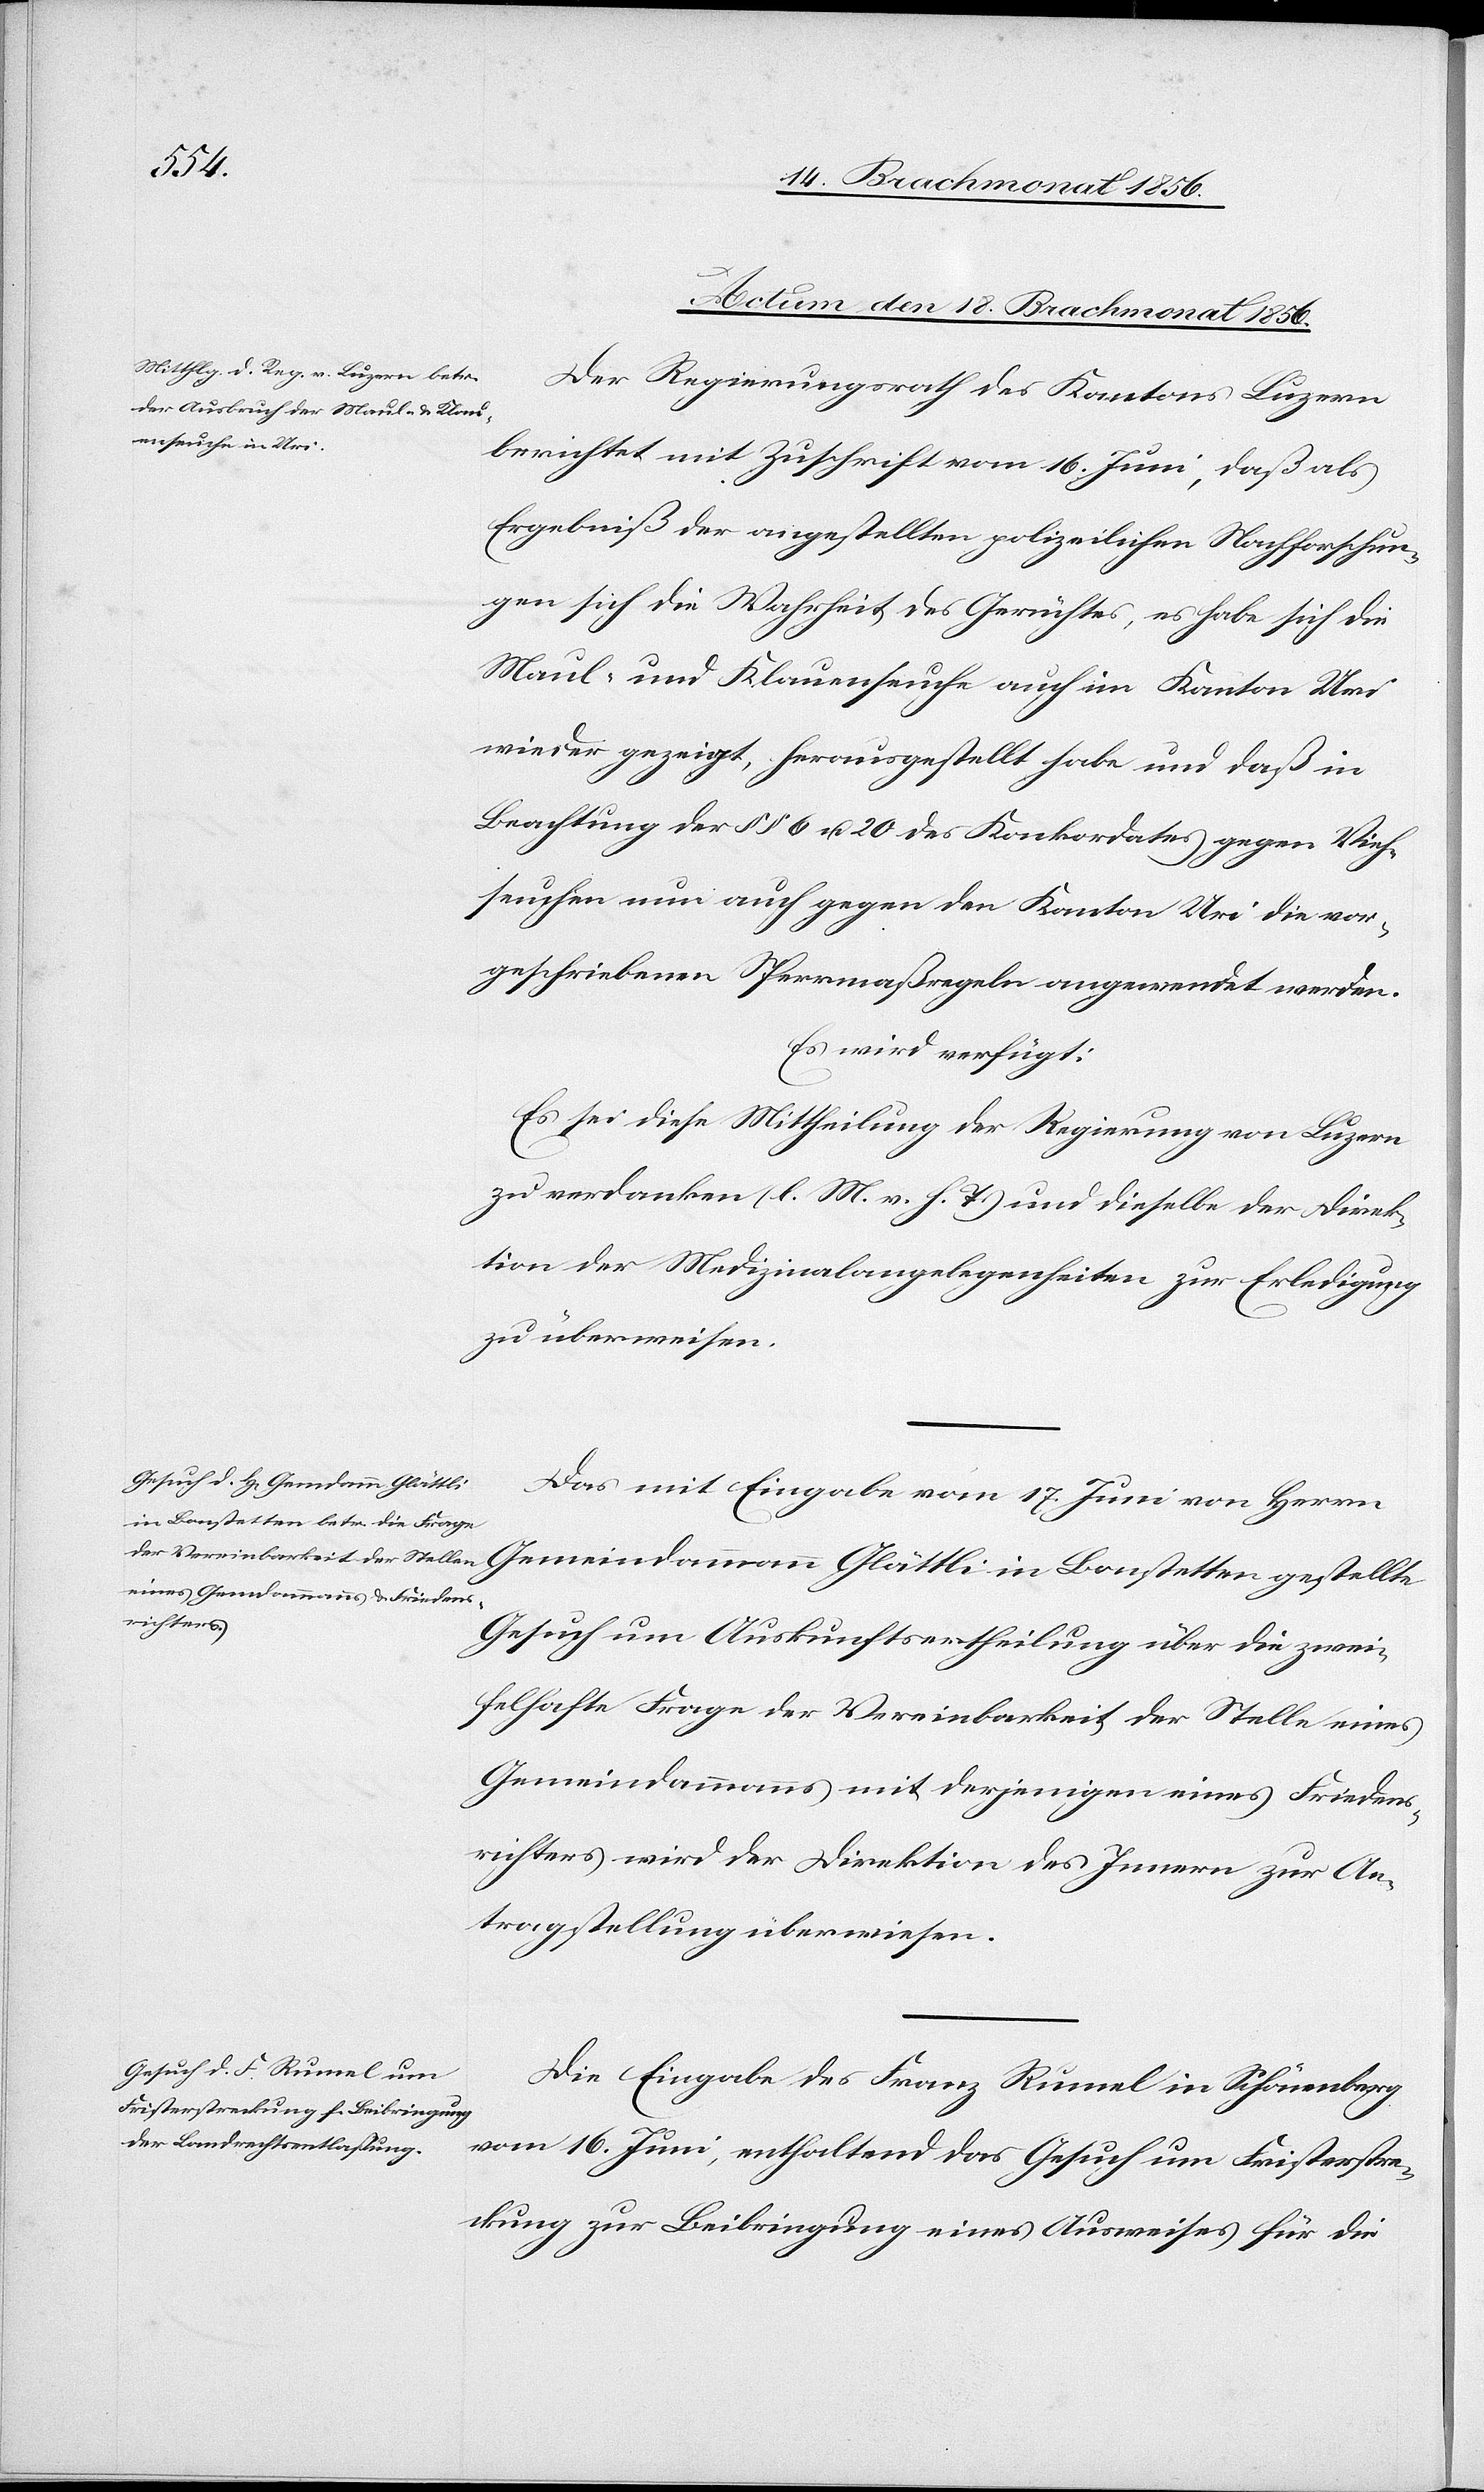
Actum den 18. Brachmonat 1856.]
Der Regierungsrath des Kantons Luzern
berichtet mit Zuschrift vom 16. Juni, daß als
Ergebniß der angestellten polizeilichen Nachforschun¬
gen sich die Wahrheit des Gerüchtes, es habe sich die
Maul- und Klauenseuche auch im Kanton Uri
wieder gezeigt, herausgestellt habe und daß in
Beachtung der §§ 6 u. 20 des Konkordates gegen Vieh¬
seuchen nun auch gegen den Kanton Uri die vor¬
geschriebenen Sperrmaßregeln angewendet werden.
Es wird verfügt:
Es sei diese Mittheilung der Regierung von Luzern
zu verdanken (l. M. v. h. T.) und dieselbe der Direk¬
tion der Medizinalangelegenheiten zur Erledigung
zu überweisen.
Das mit Eingabe vom 17. Juni von Herrn
Gesuch um Auskunftsertheilung über die zwei¬
felhafte Frage der Vereinbarkeit der Stelle eines
Gemeindammanns mit derjenigen eines Friedens¬
richters wird der Direktion des Innern zur An¬
tragstellung überwiesen.
Die Eingabe des Franz Rumel in Schönenberg
vom 16. Juni, enthaltend das Gesuch um Fristerstre¬
ckung zur Beibringung eines Ausweises für die